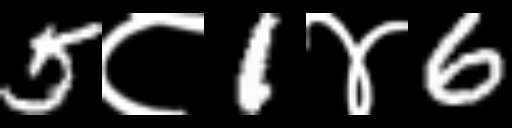
Text: 5८1४6